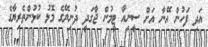
އަދި ފަހުން އޭނާ އަށް ސީނިއާ ޓީމުން ޖާގަދީ ދުނިޔޭގެ މޮޅު ކުޅުންތެރިޔާގެ